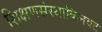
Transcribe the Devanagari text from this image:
शिक्षणसंस्थाकिनवट